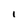
Character: I